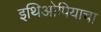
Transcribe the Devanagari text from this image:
इथिओपियाचा